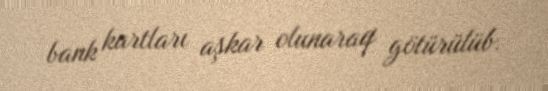
bank kartları aşkar olunaraq götürülüb.